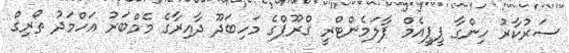
ސަރުކާރު ހިންގާ ޕީޕީއެމް ޕާލަމެންޓްރީ ގްރޫޕްގެ މަހިބަދޫ ދާއިރާގެ މެމްބަރު އަހްމަދު ތޯރިގް